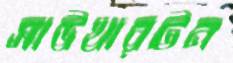
সাউথারটন